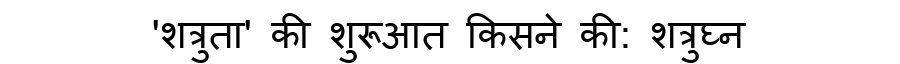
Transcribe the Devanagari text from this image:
'शत्रुता' की शुरूआत किसने की: शत्रुघ्न